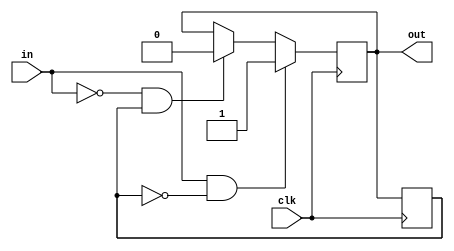
module schmitt_trigger_buffer (
    input wire clk,
    input wire in,
    output reg out
);

parameter THRESHOLD_HIGH = 1'b1; // Hysteresis threshold high
parameter THRESHOLD_LOW = 1'b0; // Hysteresis threshold low

reg prev_out;

always @(posedge clk) begin
    if (in == THRESHOLD_HIGH && prev_out == 0)
        out <= 1'b1;
    else if (in == THRESHOLD_LOW && prev_out == 1)
        out <= 1'b0;
    prev_out <= out;
end

endmodule